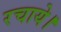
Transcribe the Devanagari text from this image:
रचाये।